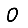
Digit: 0